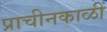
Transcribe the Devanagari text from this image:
प्राचीनकाळीं